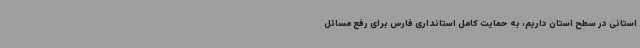
استانی در سطح استان داریم، به حمایت کامل استانداری فارس برای رفع مسائل